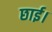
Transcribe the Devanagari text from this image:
छाई।